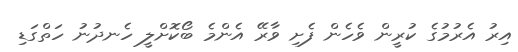
އިރު އެރުމުގެ ކުރީން ވެހެން ފެށި ވާރޭ އެންމެ ބޯކޮށްލީ ހެނދުނު ހަތްގަޑި